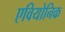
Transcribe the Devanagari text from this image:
एवियोनिक